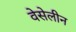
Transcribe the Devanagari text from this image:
वेसेलीन